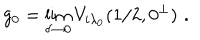
LaTeX: g _ { 0 } = \lim _ { \delta \rightarrow 0 } V _ { i \lambda _ { 0 } } ( 1 / 2 , 0 ^ { \perp } ) \, \, .